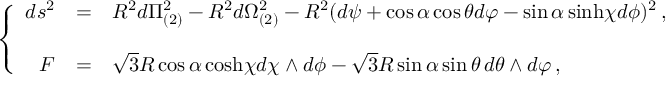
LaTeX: \left\{ \begin{array} { r c l } { { d s ^ { 2 } } } & { { = } } & { { R ^ { 2 } d \Pi _ { ( 2 ) } ^ { 2 } - R ^ { 2 } d \Omega _ { ( 2 ) } ^ { 2 } - R ^ { 2 } ( d \psi + \cos { \alpha } \cos { \theta } d \varphi - \sin { \alpha } \, \mathrm { s i n h } \chi d \phi ) ^ { 2 } \, , } } \\ { { } } & { { } } & { { } } \\ { { F } } & { { = } } & { { \sqrt { 3 } R \cos { \alpha } \, \mathrm { c o s h } \chi d \chi \wedge d \phi - \sqrt { 3 } R \sin { \alpha } \sin { \theta } \, d \theta \wedge d \varphi \, , } } \end{array} \right.